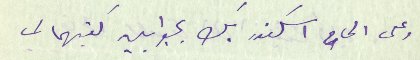
وعلى الحاح اسكندر بك بجوابين كتبهما لي